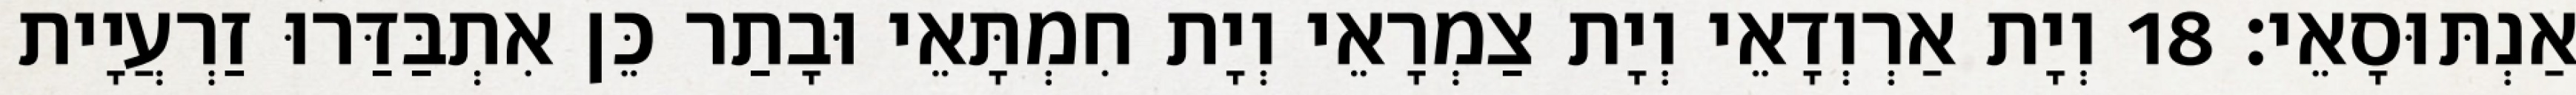
אַנְתּוּסָאֵי׃ 18 וְיָת אַרְוְדָאֵי וְיָת צַמְרָאֵי וְיָת חִמְתָּאֵי וּבָתַר כֵּן אִתְבַּדַּרוּ זַרְעֲיָית